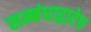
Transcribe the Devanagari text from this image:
सम्बंधाद्वारेच